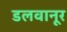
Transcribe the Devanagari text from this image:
डलवानूर